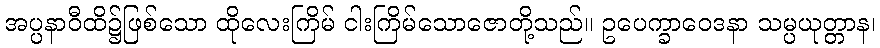
အပ္ပနာဝီထိ၌ဖြစ်သော ထိုလေးကြိမ် ငါးကြိမ်သောဇောတို့သည်။ ဥပေက္ခာဝေဒနာ သမ္ပယုတ္တာန၊